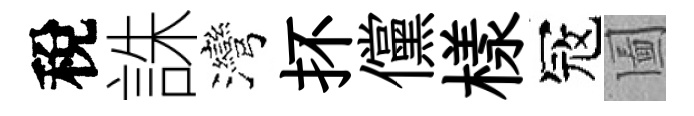
稅誅灣抔儻樣冦圗